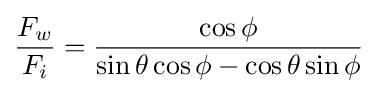
{\frac {F_{w}}{F_{i}}}={\frac {\cos \phi }{\sin \theta \cos \phi -\cos \theta \sin \phi }}